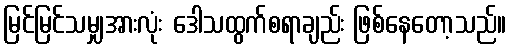
မြင်မြင်သမျှအားလုံး ဒေါသထွက်စရာချည်း ဖြစ်နေတော့သည်။